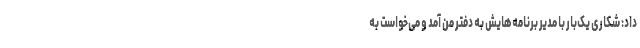
داد: شکاری یک‌بار با مدیر برنامه‌هایش به دفتر من آمد و می‌خواست به